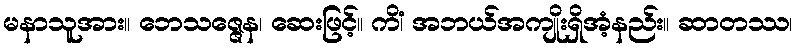
မနာသူအား။ ဘေသဇ္ဇေန၊ ဆေးဖြင့်။ ကိံ၊ အဘယ်အကျိုးရှိအံ့နည်း။ ဆာတဿ၊